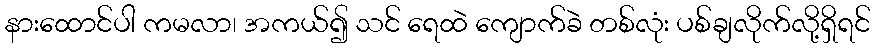
နားထောင်ပါ ကမလာ၊ အကယ်၍ သင် ရေထဲ ကျောက်ခဲ တစ်လုံး ပစ်ချလိုက်လို့ရှိရင်